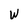
Character: W